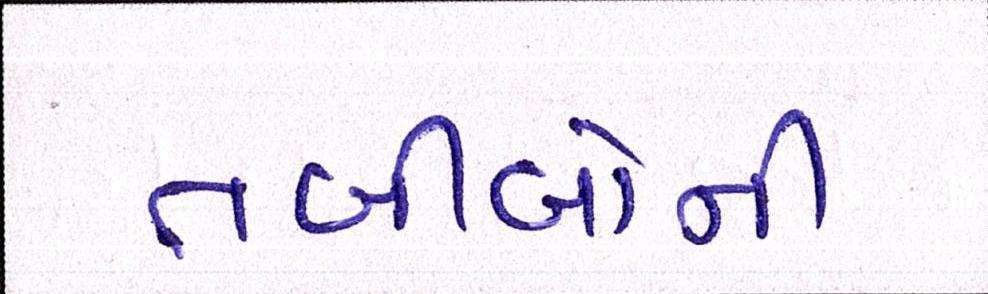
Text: તબીબોની